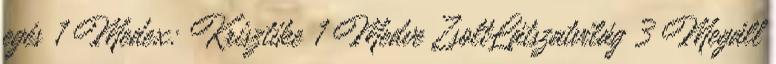
egés 1 Medex: Krisztike 1 Medve ZsoltLátszatvilág 3 Megáll